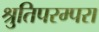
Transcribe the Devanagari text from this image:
श्रुतिपरम्परा